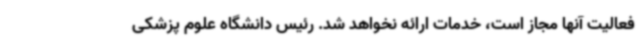
فعالیت آنها مجاز است، خدمات ارائه نخواهد شد. رئیس دانشگاه علوم پزشکی